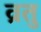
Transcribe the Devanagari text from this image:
व्रतु